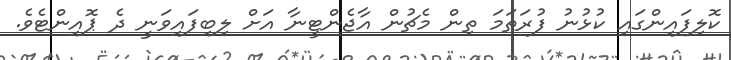
ކޮޮލިފައިންގައި ކުޅުނު ފުރަތަމަ ތިން މެޗުން އާޖެންޓީނާ އަށް ލިބިފައިވަނީ ދެ ޕޮއިންޓެވެ.